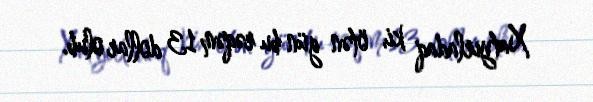
Xatyırladaq ki, ötən gün bu rəqəm 13 dollar olub.